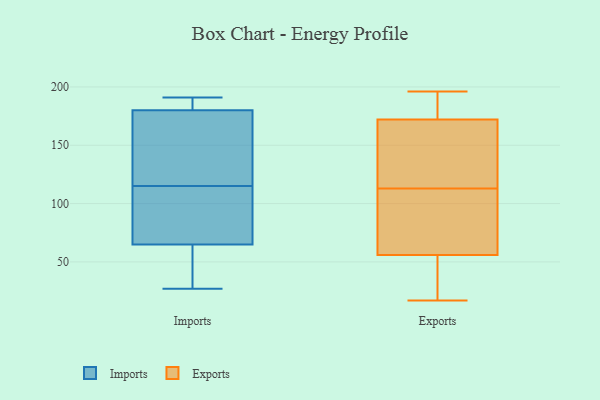
{"axis": {"x": "LTV (USD)", "y": "Value"}, "legend": ["Exports", "Imports"], "data": [{"x": "", "y": 74, "type": "Imports"}, {"x": "", "y": 191, "type": "Imports"}, {"x": "", "y": 125, "type": "Imports"}, {"x": "", "y": 36, "type": "Imports"}, {"x": "", "y": 105, "type": "Imports"}, {"x": "", "y": 27, "type": "Imports"}, {"x": "", "y": 140, "type": "Imports"}, {"x": "", "y": 162, "type": "Imports"}, {"x": "", "y": 180, "type": "Imports"}, {"x": "", "y": 66, "type": "Imports"}, {"x": "", "y": 65, "type": "Imports"}, {"x": "", "y": 30, "type": "Imports"}, {"x": "", "y": 180, "type": "Imports"}, {"x": "", "y": 184, "type": "Imports"}, {"x": "", "y": 32, "type": "Exports"}, {"x": "", "y": 53, "type": "Exports"}, {"x": "", "y": 59, "type": "Exports"}, {"x": "", "y": 82, "type": "Exports"}, {"x": "", "y": 104, "type": "Exports"}, {"x": "", "y": 82, "type": "Exports"}, {"x": "", "y": 196, "type": "Exports"}, {"x": "", "y": 94, "type": "Exports"}, {"x": "", "y": 184, "type": "Exports"}, {"x": "", "y": 41, "type": "Exports"}, {"x": "", "y": 187, "type": "Exports"}, {"x": "", "y": 176, "type": "Exports"}, {"x": "", "y": 142, "type": "Exports"}, {"x": "", "y": 193, "type": "Exports"}, {"x": "", "y": 17, "type": "Exports"}, {"x": "", "y": 162, "type": "Exports"}, {"x": "", "y": 34, "type": "Exports"}, {"x": "", "y": 168, "type": "Exports"}, {"x": "", "y": 122, "type": "Exports"}, {"x": "", "y": 122, "type": "Exports"}]}